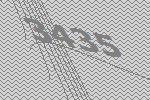
3435